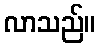
လာသည်။